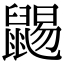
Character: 𪕩